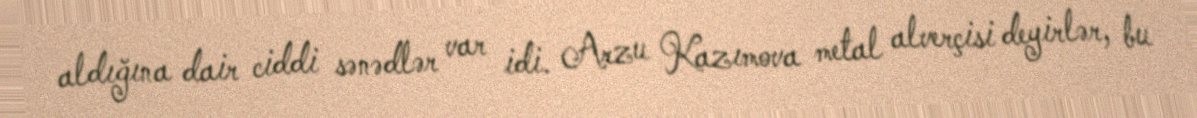
aldığına dair ciddi sənədlər var idi. Arzu Kazımova metal alverçisi deyirlər, bu